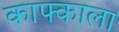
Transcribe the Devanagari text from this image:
काफ्काला